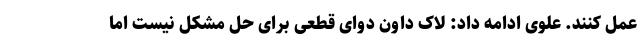
عمل کنند. علوی ادامه داد: لاک داون دوای قطعی برای حل مشکل نیست اما